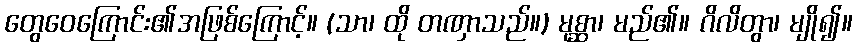
တွေဝေကြောင်း၏အဖြစ်ကြောင့်။ (သာ၊ ထို တဏှာသည်။) မုစ္ဆာ၊ မည်၏။ ဂိလိတွာ၊ မျို၍။